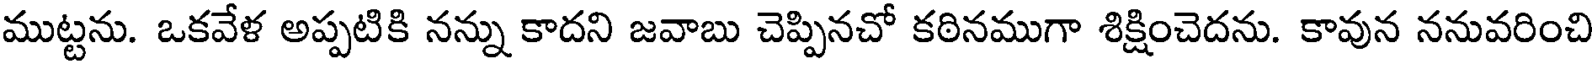
ముట్టను. ఒకవేళ అప్పటికి నన్ను కాదని జవాబు చెప్పినచో కఠినముగా శిక్షించెదను. కావున ననువరించి